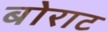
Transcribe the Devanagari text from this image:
बोराट